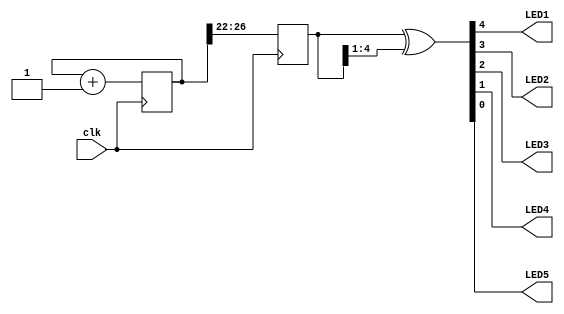
module counter (
	input  clk,
	output LED1,
	output LED2,
	output LED3,
	output LED4,
	output LED5
);

	localparam BITS = 5;
	localparam LOG2DELAY = 22;

	reg [BITS+LOG2DELAY-1:0] counter = 0;
	reg [BITS-1:0] outcnt;

	always @ (posedge clk)
		begin
			counter <= counter + 1;
			outcnt <= counter >> LOG2DELAY;
		end

	assign {LED1, LED2, LED3, LED4, LED5} = outcnt ^ (outcnt >> 1); // Writes counter to LEDs
endmodule